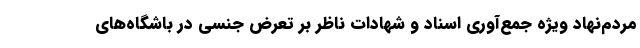
مردم‌نهاد ویژه جمع‌آوری اسناد و شهادات ناظر بر تعرض جنسی در باشگاه‌های